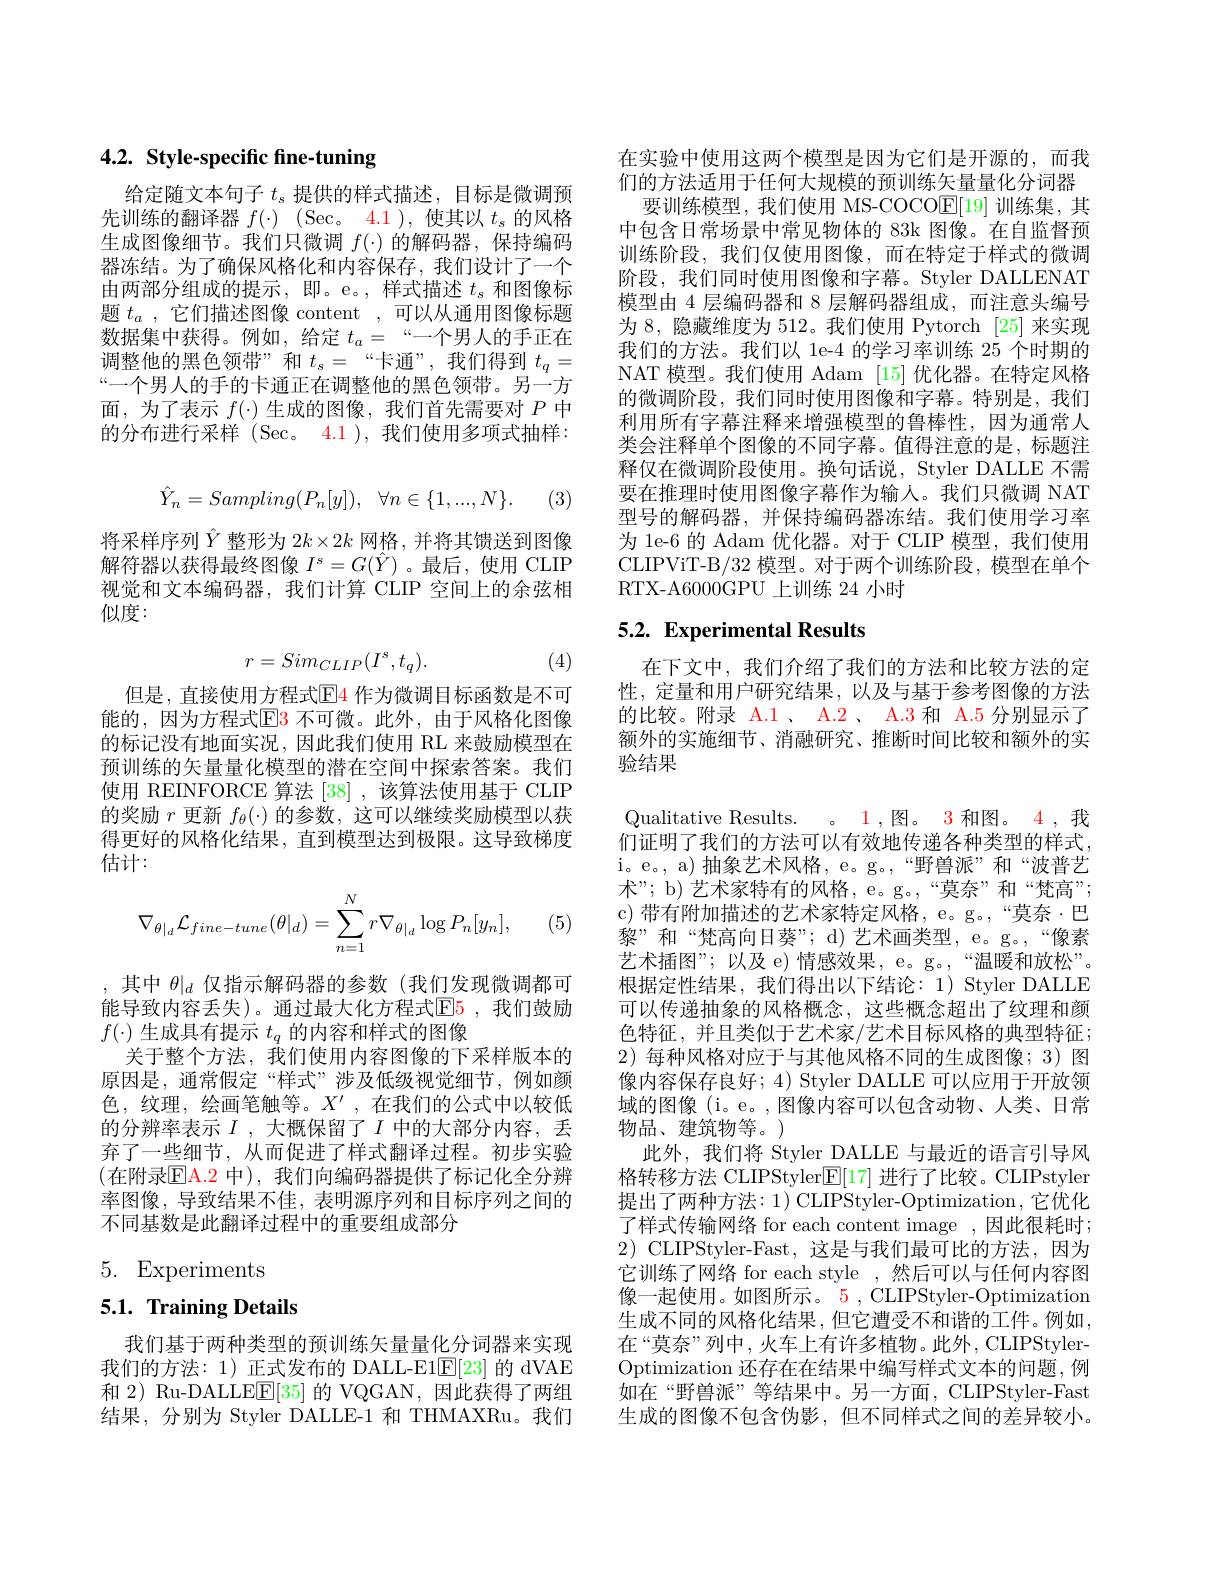
# 4.2. Style-specific fine-tuning

给定随文本句子$t_s$提供的样式描述，目标是微调预先训练的翻译器$f( \cdot )$ $( \operatorname { Sec}$。4.1 ),使其以$t_s$的风格生成图像细节。我们只微调$f(\cdot)$的解码器，保持编码器冻结。为了确保风格化和内容保存，我们设计了一个由两部分组成的提示，即。e。,样式描述$t_\mathrm{s}$和图像标题$t_a$ ,它们描述图像 content ,可以从通用图像标题数据集中获得。例如，给定$t_a=$“一个男人的手正在调整他的黑色领带”和$t_s=$“卡通”,我们得到$t_q=$ “一个男人的手的卡通正在调整他的黑色领带。另一方面，为了表示$f(\cdot)$生成的图像，我们首先需要对$P$中的分布进行采样(Sec。4.1 ),我们使用多项式抽样：
$$\hat{Y}_{n}=Sampling(P_{n}[y]),\:\forall n\in\{1,...,N\}.$$
将采样序列$\hat{Y}$整形为$2k\times2k$网格，并将其馈送到图像解符器以获得最终图像$I^s=G(\hat{Y})$ 。最后，使用 CLIP 视觉和文本编码器，我们计算 CLIP 空间上的余弦相似度：
$$r=Sim_{CLIP}(I^s,t_q).$$
(4)

但是，直接使用方程式$\color{red}{\mathrm{E}}\color{blue}{\mathrm{4}}$ 作为微调目标函数是不可能的，因为方程式$\boxed{\mathrm{E}}\color{red}{3}$ 不可微。此外，由于风格化图像的标记没有地面实况，因此我们使用 RL 来鼓励模型在预训练的矢量量化模型的潜在空间中探索答案。我们使用 REINFORCE 算法 [38] ,该算法使用基于 CLIP 的奖励$r$更新$f_\theta(\cdot)$的参数，这可以继续奖励模型以获得更好的风格化结果，直到模型达到极限。这导致梯度估计：
$$\nabla_{\theta|_d}\mathcal{L}_{fine-tune}(\theta|_d)=\sum_{n=1}^Nr\nabla_{\theta|_d}\log P_n[y_n],$$
(5,

,其中$\theta|_d$仅指示解码器的参数(我们发现微调都可能导致内容丢失)。通过最大化方程式$\color{red}{\mathrm{E}}\color{blue}{\mathrm{E}}\color{red}{\mathrm{5}}$,我们鼓励$f(\cdot)$生成具有提示$t_q$的内容和样式的图像
关于整个方法，我们使用内容图像的下采样版本的原因是，通常假定“样式”涉及低级视觉细节，例如颜色，纹理，绘画笔触等。$X^\prime$,在我们的公式中以较低的分辨率表示$I$ ,大概保留了$I$中的大部分内容，丢弃了一些细节，从而促进了样式翻译过程。初步实验(在附录$\mathbb{E}$A.2 中),我们向编码器提供了标记化全分辨率图像，导致结果不佳，表明源序列和目标序列之间的不同基数是此翻译过程中的重要组成部分

# 5. Experiments

# 5.1. Training Details

我们基于两种类型的预训练矢量量化分词器来实现我们的方法：1) 正式发布的 DALL-E1$\underline{\mathrm{F}}[23]$的 dVAE 和 2) Ru-DALLE$\underline{\mathrm{E}}[35]$的 VQGAN,因此获得了两组结果，分别为 Styler DALLE-1 和 THMAXRu。我们

在实验中使用这两个模型是因为它们是开源的，而我们的方法适用于任何大规模的预训练矢量量化分词器
要训练模型，我们使用 MS-COCO$\mathbb{E}[19]$训练集，其中包含日常场景中常见物体的 83k 图像。在自监督预训练阶段，我们仅使用图像，而在特定于样式的微调阶段，我们同时使用图像和字幕。Styler DALLENAT 模型由 4 层编码器和 8 层解码器组成，而注意头编号为 8, 隐藏维度为 512。我们使用 Pytorch [25] 来实现我们的方法。我们以 1e-4 的学习率训练 25 个时期的NAT 模型。我们使用 Adam [15] 优化器。在特定风格的微调阶段，我们同时使用图像和字幕。特别是，我们利用所有字幕注释来增强模型的鲁棒性，因为通常人类会注释单个图像的不同字幕。值得注意的是，标题注释仅在微调阶段使用。换句话说，Styler DALLE 不需要在推理时使用图像字幕作为输人。我们只微调 NAT 型号的解码器，并保持编码器冻结。我们使用学习率为 1e-6 的 Adam 优化器。对于 CLIP 模型，我们使用CLIPViT-B/32 模型。对于两个训练阶段，模型在单个RTX-A6000GPU 上训练 24 小时

## 5.2. Experimental Results

在下文中，我们介绍了我们的方法和比较方法的定性，定量和用户研究结果，以及与基于参考图像的方法的比较。附录 A.1、A.2、A.3 和 A.5 分别显示了额外的实施细节、消融研究、推断时间比较和额外的实验结果

Qualitative Results. 。1,图。3 和图。4 ,我们证明了我们的方法可以有效地传递各种类型的样式， i。e。, a) 抽 象 艺 术 风 格 , e。g。, “ 野 兽 派 ” 和 “ 波 普 艺 术”; b) 艺术家特有的风格，e。g。,“莫奈”和“梵高”; c) 带有附加描述的艺术家特定风格，e。g。,“莫奈·巴黎”和“梵高向日葵”; d)艺术画类型，e。g。,“像素艺术插图”;以及 e) 情感效果，e。g。,“温暖和放松”。根据定性结果，我们得出以下结论：1) Styler DALLE 可以传递抽象的风格概念，这些概念超出了纹理和颜色特征，并且类似于艺术家/艺术目标风格的典型特征； 2)每种风格对应于与其他风格不同的生成图像；3) 图像内容保存良好；4) Styler DALLE 可以应用于开放领域的图像 (i。e。,图像内容可以包含动物、人类、日常物品、建筑物等。)
此外，我们将 Styler DALLE 与最近的语言引导风格转移方法 CLIPStyler$\mathbb{E}[17]$进行了比较。CLIPstyler 提出了两种方法：1) CLIPStyler-Optimization, 它优化了样式传输网络 for each content image ,因此很耗时； $2){\mathrm{~CLIPStyler-Fast,}}$这是与我们最可比的方法，因为它训练了网络 for each style ,然后可以与任何内容图像一起使用。如图所示。5 , CLIPStyler-Optimization 生成不同的风格化结果，但它遭受不和谐的工件。例如， 在“莫奈”列中，火车上有许多植物。此外，CLIPStylerOptimization 还存在在结果中编写样式文本的问题，例如在“野兽派”等结果中。另一方面，CLIPStyler-Fast 生成的图像不包含伪影，但不同样式之间的差异较小。